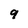
Character: 9